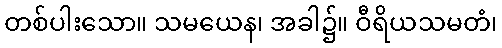
တစ်ပါးသော။ သမယေန၊ အခါ၌။ ဝီရိယသမတံ၊